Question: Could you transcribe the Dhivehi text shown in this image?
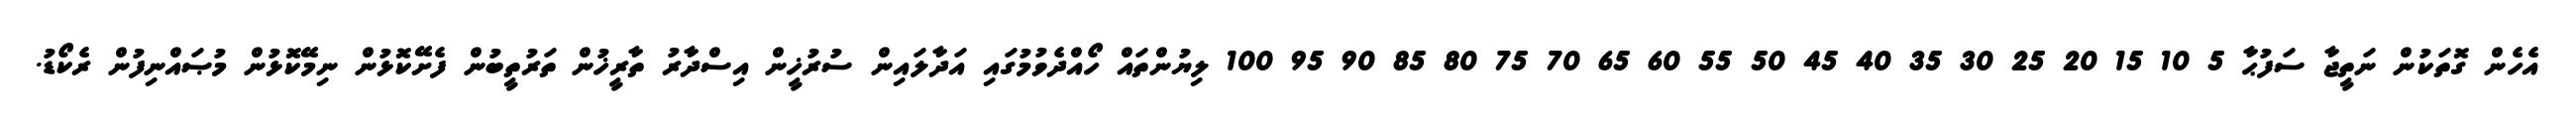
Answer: އެހެން ގޮތަކުން ނަތީޖާ ސަފުޙާ 5 10 15 20 25 30 35 40 45 50 55 60 65 70 75 80 85 90 95 100 ލިޔުންތައް ހޯއްދެވުމުގައި އަދާލައިން ސުރުޚީން އިސްދާރު ތާރީޚުން ތަރުތީބުން ފެށޭކޮޅުން ނިމޭކޮޅުން މުޞައްނިފުން ރެކޯޑު.